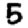
Digit: 5